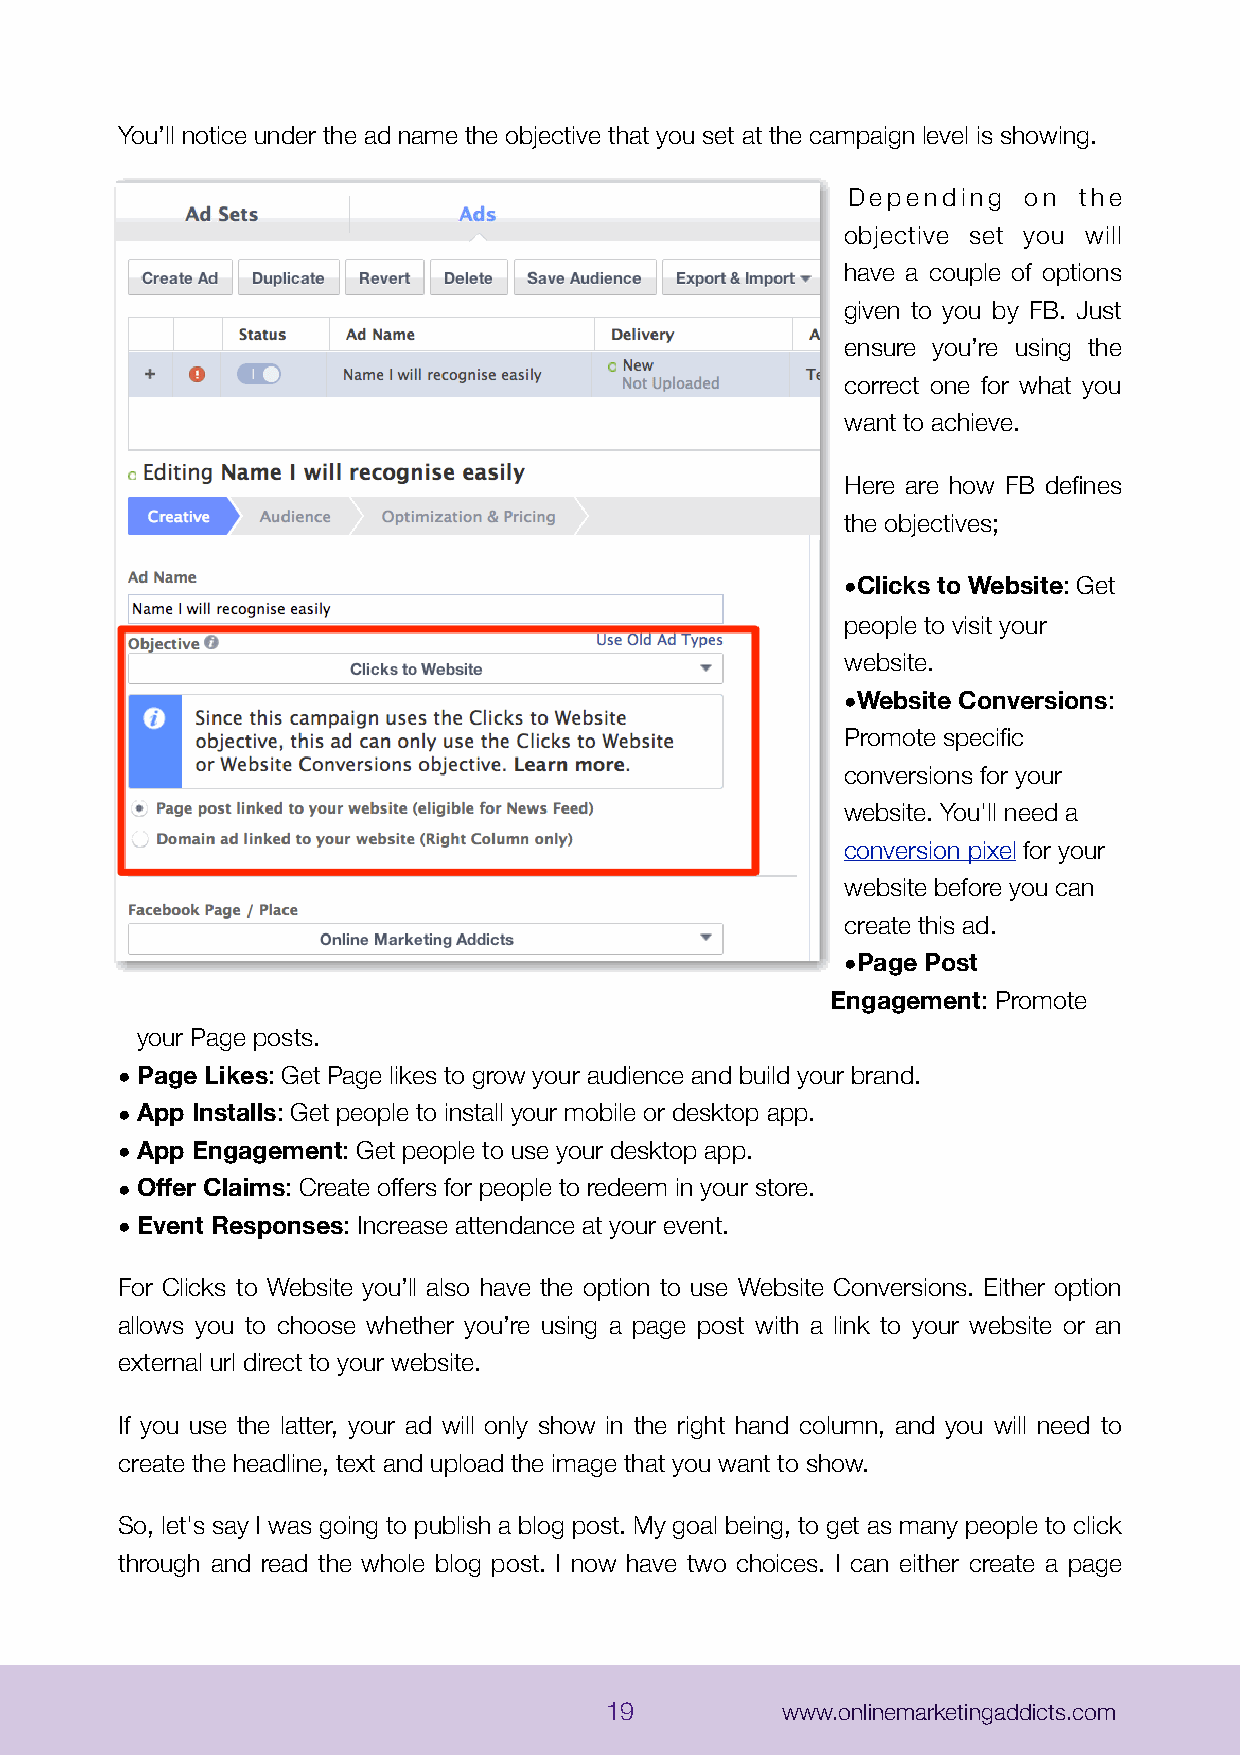
You’ll notice under the ad name the objective that you set at the campaign level is showing.
 Depending   on the
 objective set you will
 have a couple of options
 given to you by FB. Just
 ensure you’re using the
 correct one for what you
 want to achieve.
 Here are how FB defines
 the objectives;
 •Clicks to Website: Get
 people to visit your
 website.
 •Website Conversions:
 Promote specific
 conversions for your
 website. You'll need a
 conversion pixel for your
 website before you can
 create this ad.
 •Page Post
 Engagement: Promote
 your Page posts.
 •Page Likes: Get Page likes to grow your audience and build your brand.
 •App Installs: Get people to install your mobile or desktop app.
 •App Engagement: Get people to use your desktop app.
 •Offer Claims: Create offers for people to redeem in your store.
 •Event Responses: Increase attendance at your event.
 For Clicks to Website you’ll also have the option to use Website Conversions. Either option
 allows you to choose whether you’re using a page post with a link to your website or an
 external url direct to your website.
 If you use the latter, your ad will only show in the right hand column, and you will need to
 create the headline, text and upload the image that you want to show.
 So, let's say I was going to publish a blog post. My goal being, to get as many people to click
 through and read the whole blog post. I now have two choices. I can either create a page
 19          www.onlinemarketingaddicts.com